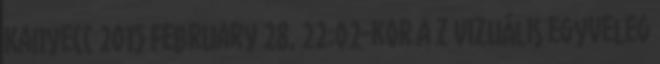
Kanyecc 2015 February 28, 22:02-kor a z Vizuális egyveleg